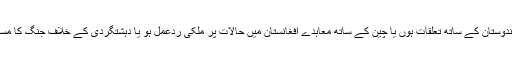
لہٰذا ہندوستان کے ساتھ تعلقات ہوں یا چین کے ساتھ معاہدے افغانستان میں حالات پر ملکی ردعمل ہو یا دہشتگردی کے خلاف جنگ کا مستقبل؟